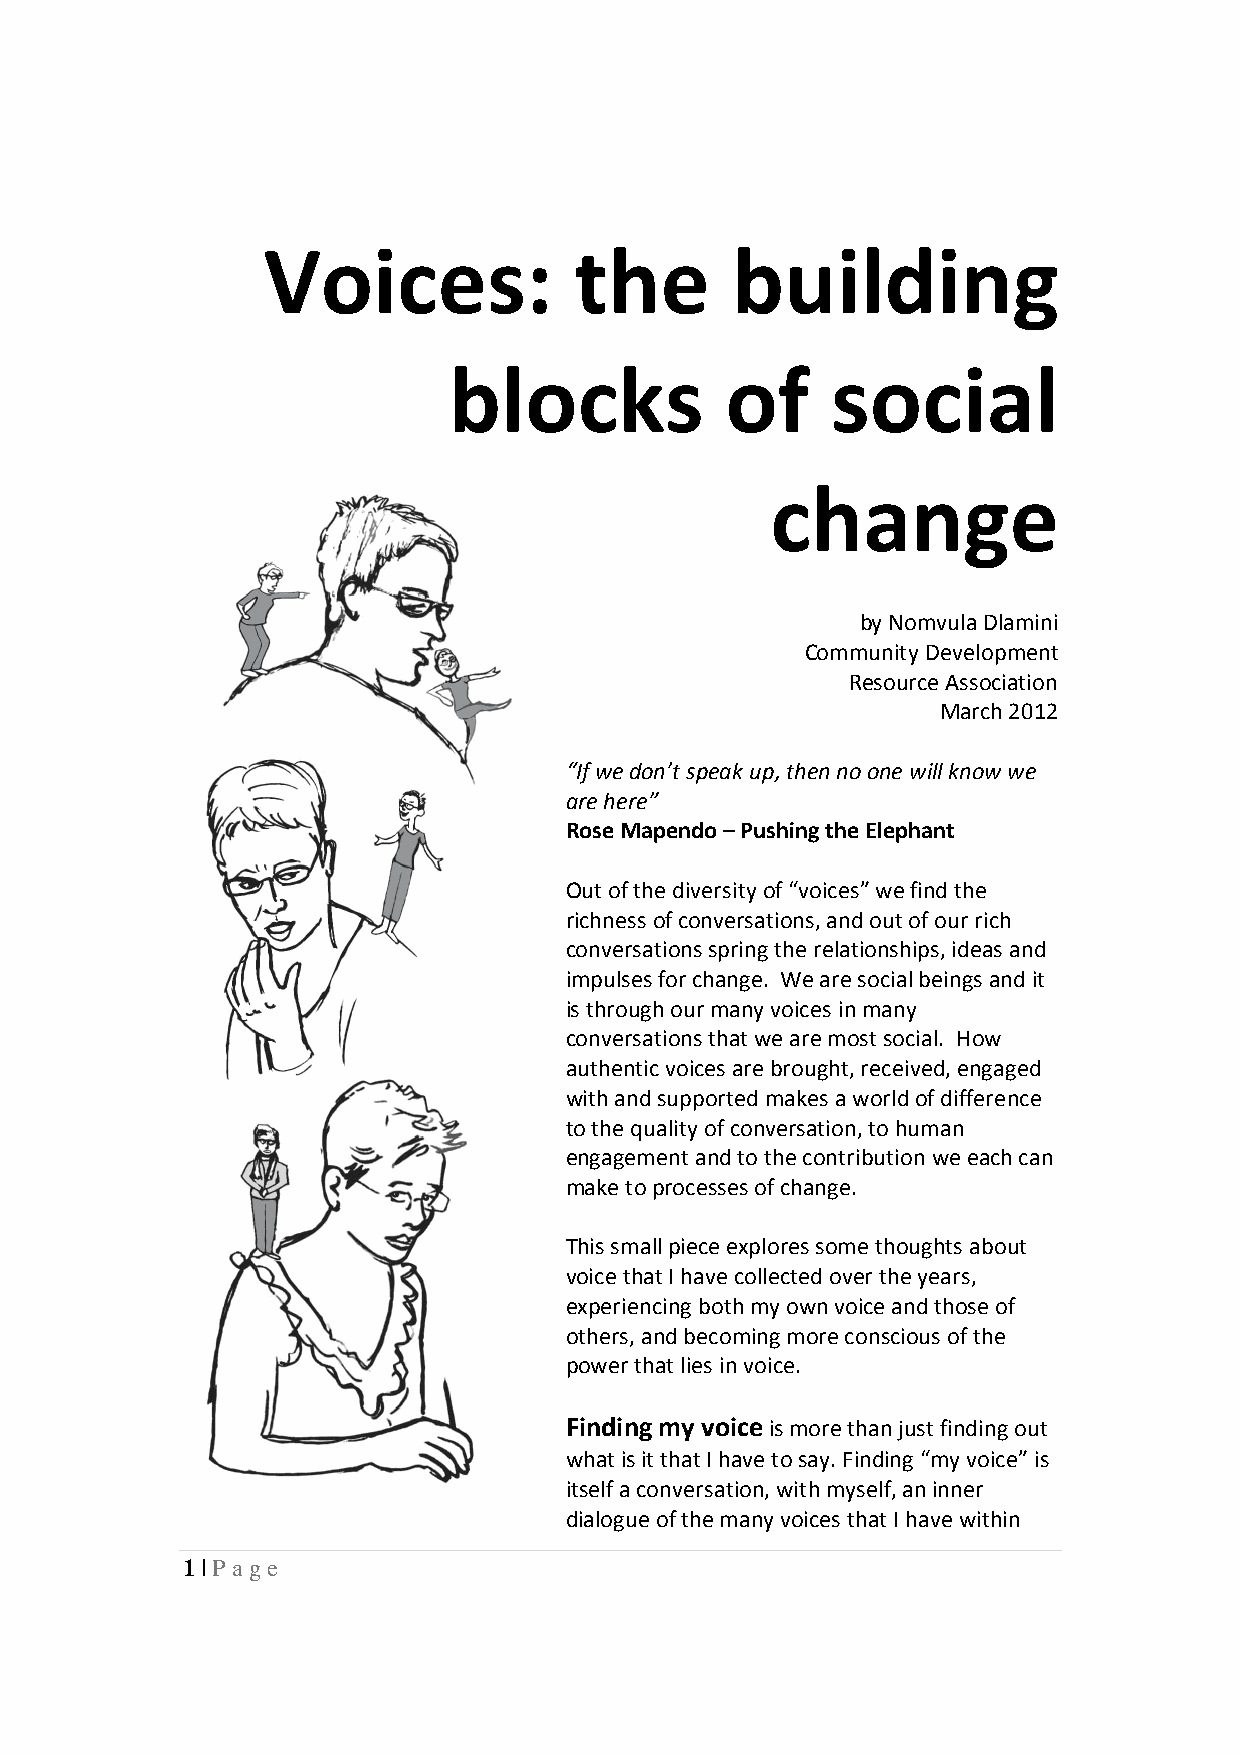
Voices:              the       building
 blocks            of     social
 change
 by Nomvula Dlamini
 Community Development
 Resource Association
 March 2012
 “If we don’t speak up, then no one will know we
 are here”
 Rose Mapendo – Pushing the Elephant
 Out of the diversity of “voices” we find the
 richness of conversations, and out of our rich
 conversations spring the relationships, ideas and
 impulses for change. We are social beings and it
 is through our many voices in many
 conversations that we are most social. How
 authentic voices are brought, received, engaged
 with and supported makes a world of difference
 to the quality of conversation, to human
 engagement and to the contribution we each can
 make to processes of change.
 This small piece explores some thoughts about
 voice that I have collected over the years,
 experiencing both my own voice and those of
 others, and becoming more conscious of the
 power that lies in voice.
 Finding my voice is more than just finding out
 what is it that I have to say. Finding “my voice” is
 itself a conversation, with myself, an inner
 dialogue of the many voices that I have within
 1 | Page